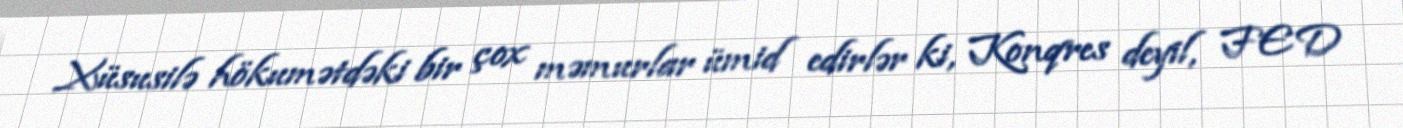
Xüsusilə hökumətdəki bir çox məmurlar ümid edirlər ki, Konqres deyil, FED